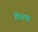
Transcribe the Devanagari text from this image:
गोनपा